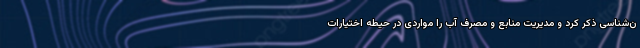
ن‌شناسی ذکر کرد و مدیریت منابع و مصرف آب را مواردی در حیطه اختیارات